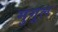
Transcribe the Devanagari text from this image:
मुगूल